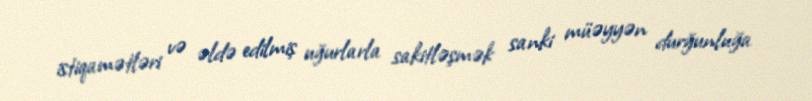
istiqamətləri və əldə edilmiş uğurlarla sakitləşmək sanki müəyyən durğunluğa